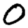
Digit: 0